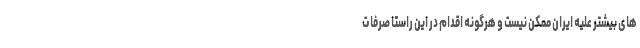
های بیشتر علیه ایران ممکن نیست و هرگونه اقدام در این راستا صرفا ت